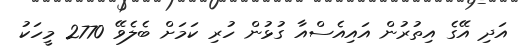
އަދި އޭގެ އިތުރުން އައިއެސްއާ ގުޅުން ހުރި ކަމަށް ބެލެވޭ 2770 މީހަކު